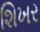
શિખર